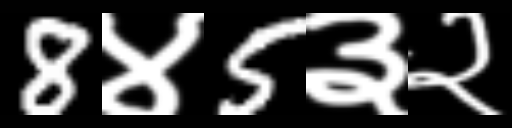
Text: 8४5३२